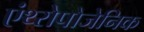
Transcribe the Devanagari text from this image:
एंथ्‍रोपोजेनिक